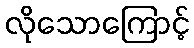
လိုသောကြောင့်